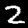
Label: 2